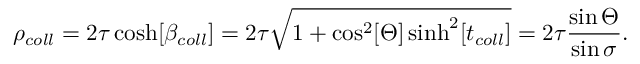
\rho _ { c o l l } = 2 \tau \cosh [ \beta _ { c o l l } ] = 2 \tau \sqrt { 1 + \cos ^ { 2 } [ \Theta ] \sinh ^ { 2 } [ t _ { c o l l } ] } = 2 \tau \frac { \sin \Theta } { \sin \sigma } .